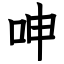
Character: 呻